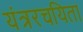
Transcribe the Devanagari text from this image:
यंत्ररचयिता